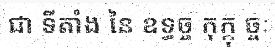
ជា ទីតាំង នៃ ឧទ្ធច្ច កុក្កុ ច្ចៈ